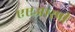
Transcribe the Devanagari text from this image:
एएआरपी